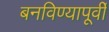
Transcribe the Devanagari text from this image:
बनविण्यापूर्वी